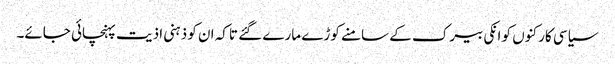
سیاسی کارکنوں کو انکی بیرک کے سامنے کوڑے مارے گئے تاکہ ان کو ذہنی اذیت پہنچائی جائے۔